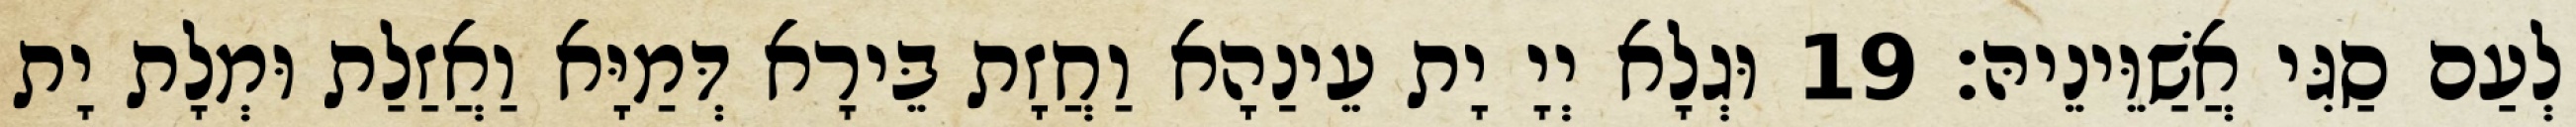
לְעַם סַגִּי אֲשַׁוֵּינֵיהּ׃ 19 וּגְלָא יְיָ יָת עֵינַהָא וַחֲזָת בֵּירָא דְּמַיָּא וַאֲזַלַת וּמְלָת יָת